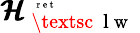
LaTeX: {\pmb{{\cal H}}}_{\mathrm{~\textsc~{~l~w~}~}}^{\mathrm{~\tiny~{~r~e~t~}~}}